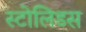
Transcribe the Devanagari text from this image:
स्टोलिडस